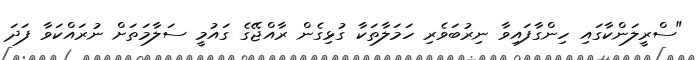
"ސްރީލަންކާގައި ހިންގާފައިވާ ނިރުބަވެރި ހަމަލާތަކާ ގުޅިގެން ރާއްޖޭގެ ގައުމީ ސަލާމަތަށް ނުރައްކަވާ ފަދަ